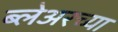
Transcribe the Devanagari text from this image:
ब्लेअरच्या